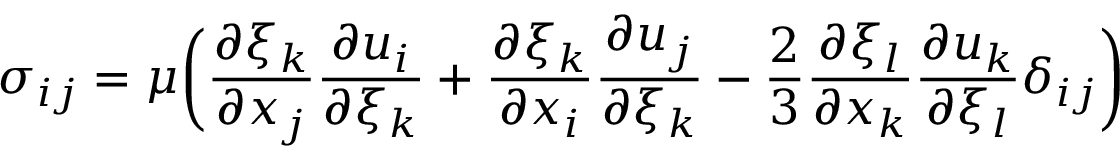
\sigma _ { i j } = \mu \bigg ( \frac { \partial \xi _ { k } } { \partial x _ { j } } \frac { \partial u _ { i } } { \partial \xi _ { k } } + \frac { \partial \xi _ { k } } { \partial x _ { i } } \frac { \partial u _ { j } } { \partial \xi _ { k } } - \frac { 2 } { 3 } \frac { \partial \xi _ { l } } { \partial x _ { k } } \frac { \partial u _ { k } } { \partial \xi _ { l } } \delta _ { i j } \bigg )